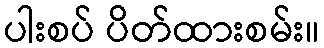
ပါးစပ် ပိတ်ထားစမ်း။